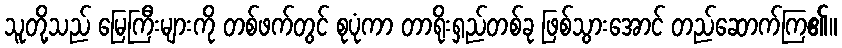
သူတို့သည် မြေကြီးများကို တစ်ဖက်တွင် စုပုံကာ တာရိုးရှည်တစ်ခု ဖြစ်သွားအောင် တည်ဆောက်ကြ၏။